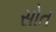
સોત